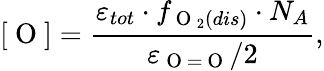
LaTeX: [\mathrm{~O~}]=\frac{\varepsilon_{tot}\cdot f_{\mathrm{~O~}_{2}(dis)}\cdot N_{A}}{\varepsilon_{\mathrm{~O~}=\mathrm{~O~}}/2},